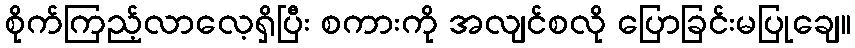
စိုက်ကြည့်လာလေ့ရှိပြီး စကားကို အလျင်စလို ပြောခြင်းမပြုချေ။